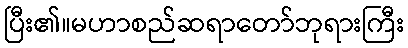
ပြီး၏။မဟာစည်ဆရာတော်ဘုရားကြီး